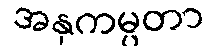
အနုကမ္ပတာ